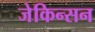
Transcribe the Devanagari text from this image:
जेकिन्सन